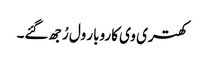
کھتری وی کاروبار ول رُجھ گئے۔